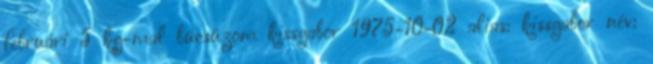
februári 5 kg-mal búcsúzom kissgabor 1975-10-02 alias: kissgabor név: